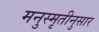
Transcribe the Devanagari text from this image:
मनुस्मृतीनुसार